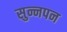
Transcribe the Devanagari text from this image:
सुन्नपन